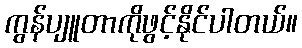
ကွန်ပျူတာကိုဖွင့်နိုင်ပါတယ်။